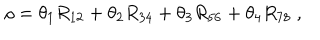
LaTeX: \rho = \theta _ { 1 } R _ { 1 2 } + \theta _ { 2 } R _ { 3 4 } + \theta _ { 3 } R _ { 5 6 } + \theta _ { 4 } R _ { 7 8 } ~ ,